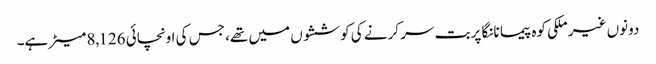
دونوں غیر ملکی کوہ پیما نانگا پربت سر کرنے کی کوششوں میں تھے، جس کی اونچائی 8,126 میٹر ہے۔